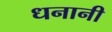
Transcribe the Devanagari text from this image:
धनानी